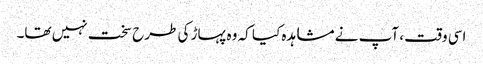
اسی وقت ، آپ نے مشاہدہ کیا کہ وہ پہاڑ کی طرح سخت نہیں تھا۔